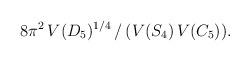
LaTeX: \begin{align*}8 \pi^2 \,V(D_5)^{1/4} \, / \, (V(S_4) \, V(C_5)). \end{align*}